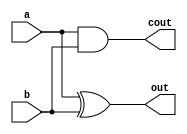
/*--  *******************************************************
--  Computer Architecture Course, Laboratory Sources 
--  Amirkabir University of Technology (Tehran Polytechnic)
--  Department of Computer Engineering (CE-AUT)
--  https://ce[dot]aut[dot]ac[dot]ir
--  *******************************************************
--  All Rights reserved (C) 2020-2021
--  *******************************************************
--  Student ID  : 9833016              9839039
--  Student Name: Amirhossein Poolad & Samin Mahdipour
--  Student Mail: 
--  *******************************************************
--  Additional Comments:
--
--*/

/*-----------------------------------------------------------
---  Module Name: Half Adder
-----------------------------------------------------------*/
`timescale 1ns / 1ps
module halfAdder(a,b,out,cout);
input a;
input b;
output out;
output cout;

	xor(out,a,b);
	and(cout,a,b);

endmodule